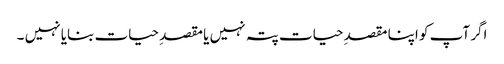
اگر آپ کو اپنا مقصدِ حیات پتہ نہیں یا مقصدِ حیات بنایا نہیں ۔